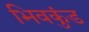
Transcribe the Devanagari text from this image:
भिवकुंड